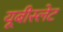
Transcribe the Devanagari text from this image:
यूबीस्लेट